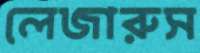
লেজারুস